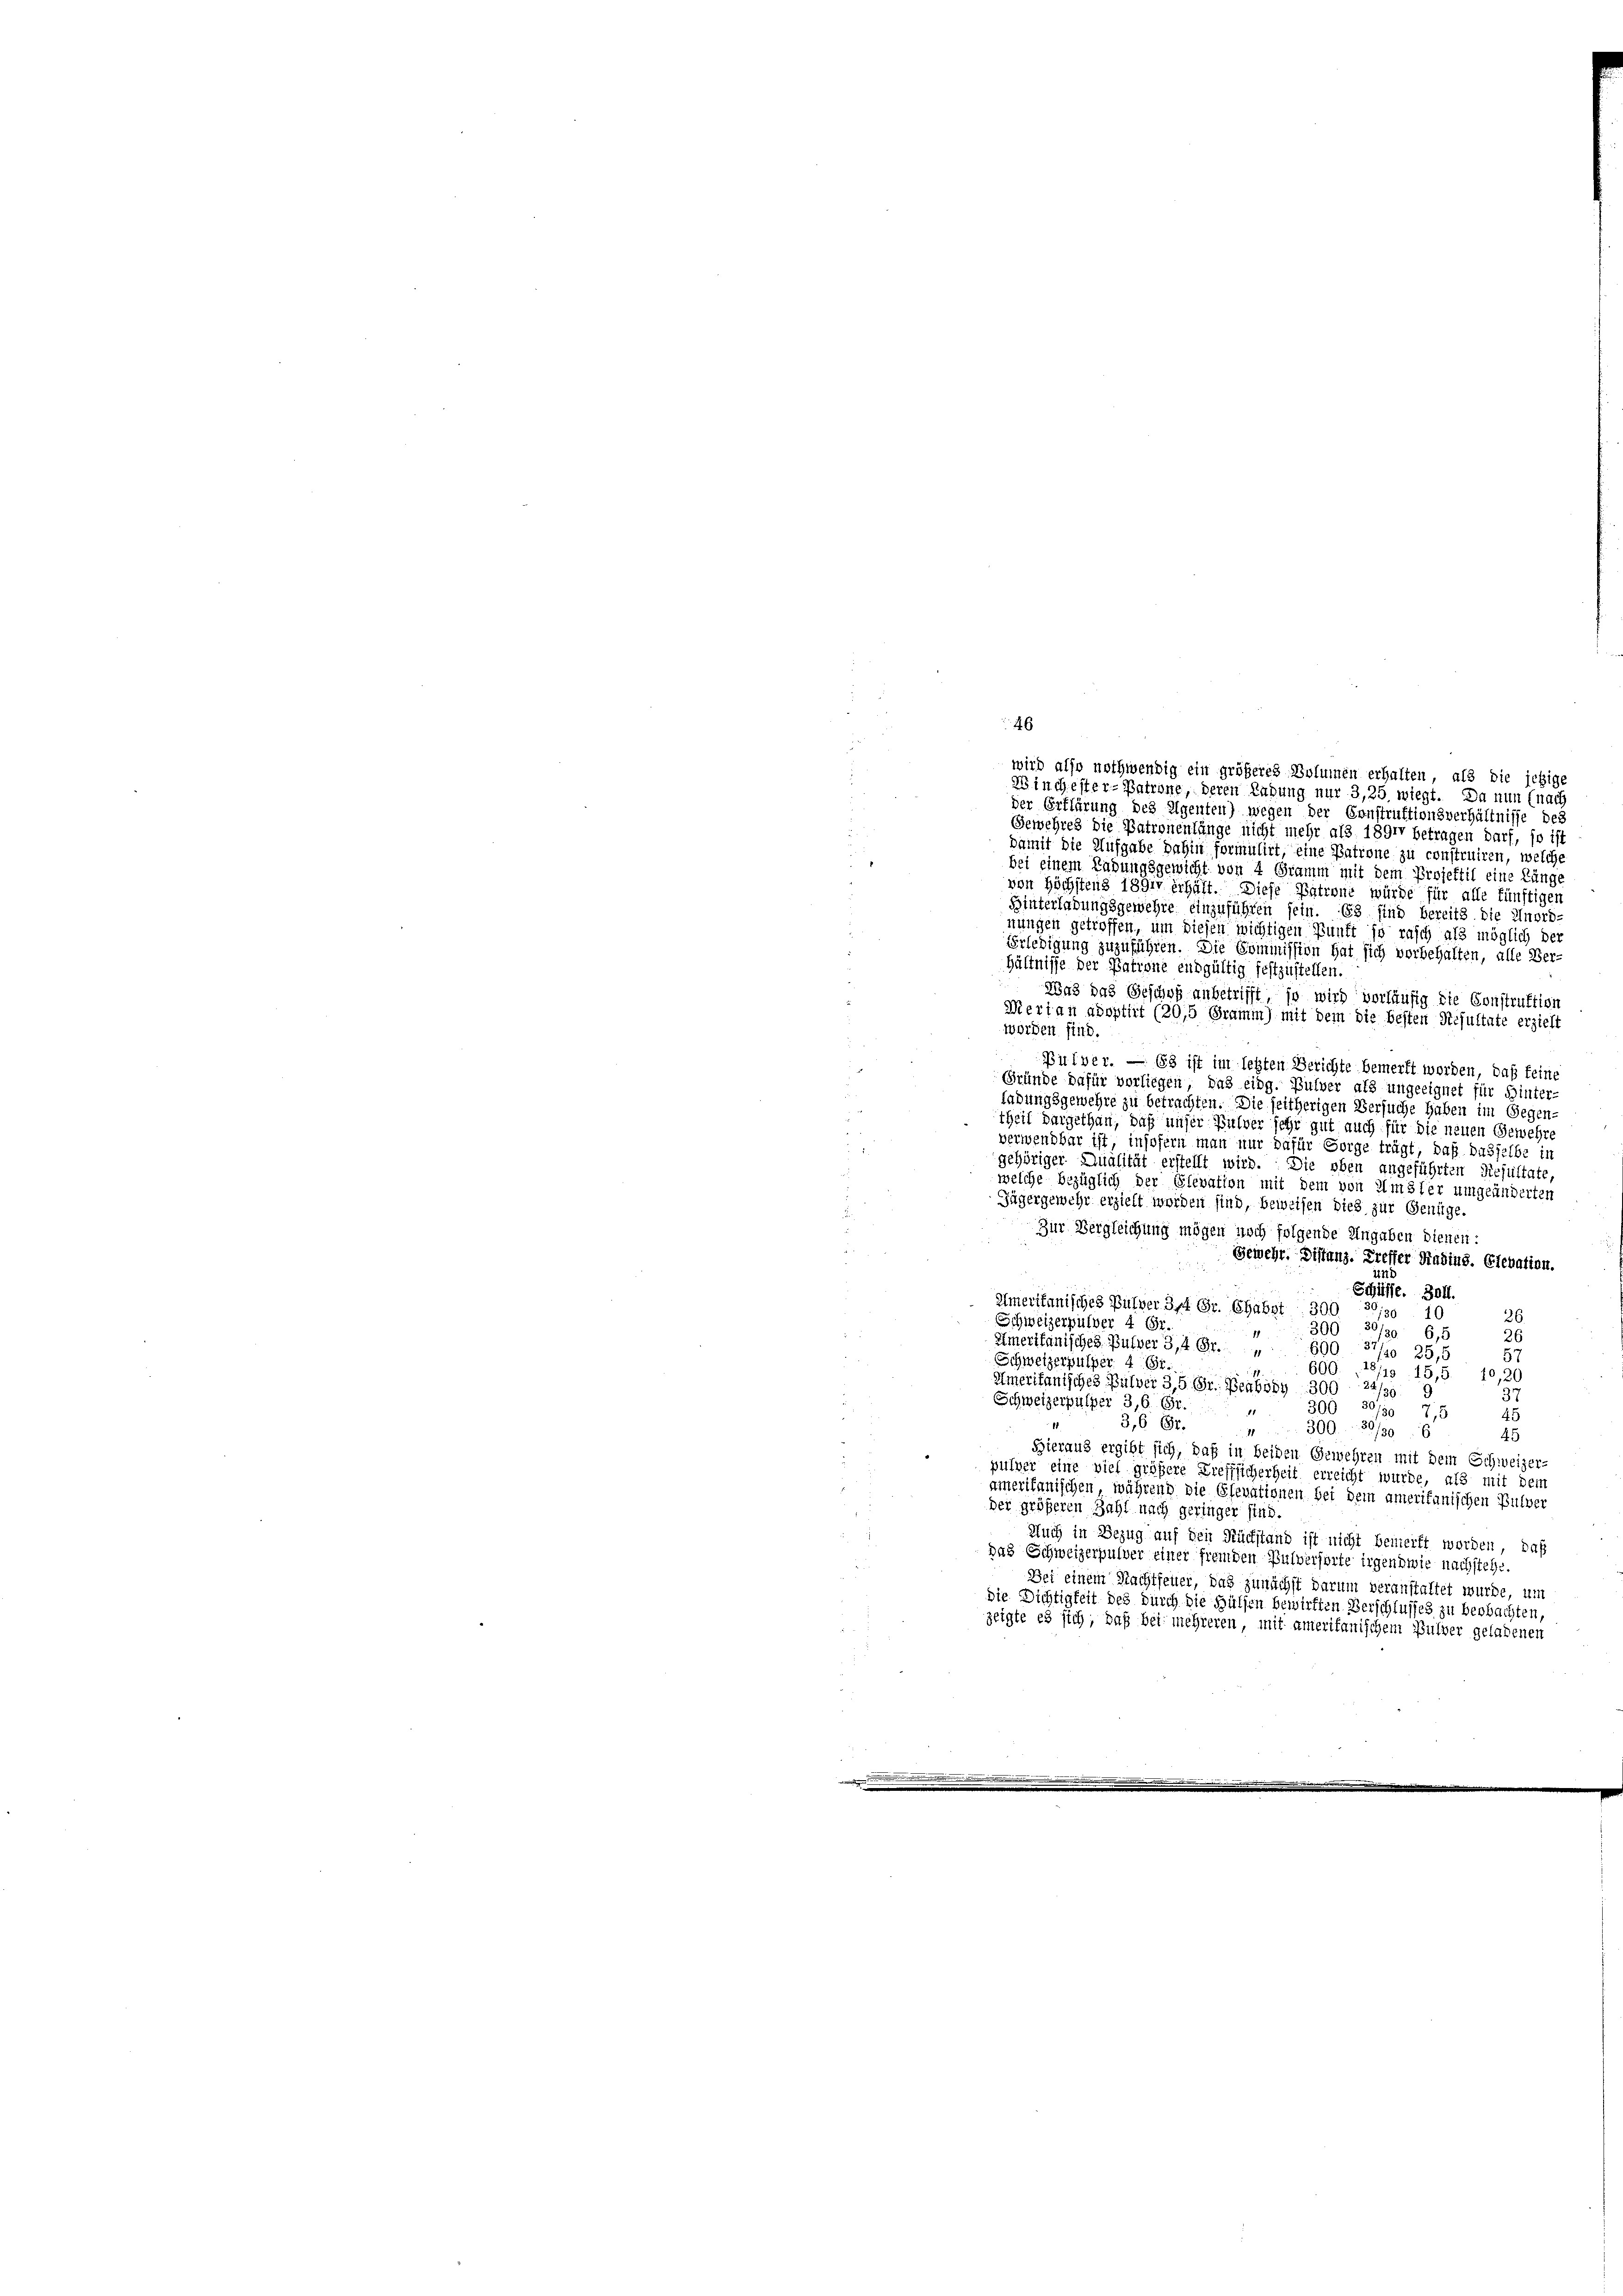
der Erklärung des Eigenten) wegen der Construktionsverhältnisse des
Gewehres die Patronenlänge nicht mehr als 1891 betragen darf, so ist
u
damit die Aufgabe dahin formulirt, eine Patrone zu construiren, welche
7
bei einem Rahungsgewicht von 4 Gramm mit dem Projektil eine Länge
von Höchstens 1891 erhält. Diese Patront würde für alle fünftigen
Hinterladungsgewehre einzuführen sein. Es sind bereits die Unord-
nungen getroffen, um diesen wichtigen Zunft so rasch als möglich de
Erledigung zuzuführen. Die Commission hat sich vorbehalten, alle Ver-
hältnisse der Patrone entgültig festzustellen.
Was das Gesung anbetrifft, so wird vorläufig die Construktion
Mertan adoptirt (20,5 Gramm) mit dem die besten Resultate erzieht
worden sind.
Pulver. — Es ist im letzten Berichte bemerkt worden, daß feine
Gründe dafür vorliegen, das eidg. Bulver als ungeeignet für Hinter
ladungsgewehre zu betrachten. Die seitherigen Versuche haben im Gegen-
theil dargethan, daß unser Pulver sehr gut auch für die neuen Gewehre
verwendbar ist insofern man nur dafür Sorge trägt, daß dasselbe in
gehöriger Qualität erstellt wird. Die oben angeführten Resultate,
welche bezüglich der Elevation mit dem von Amsler umgeänderten
Jägergewehr erzielt worden sind, beweisen dies zur Genüge.
¬
Zur Vergleichung mögen noch folgende Angaben dienen:
Gewehr. Distanz. Treffer Radius. Elevation.
14
Schüsse. 304.
Emerikanisches Pulver 3ff Gr. Ghabst. 301
2130 10
26
Schweizerpulver 4 Fr.
300, 30/30 6,5
26
Emerikanisches Pulver 3,4 Gr.
690 37/0 25,5
i
57
Schweizerpulper 4 Gr.
600. 118/19. 15,5. 10,20
Emeritanisches Pulver 3,5 Gr. Heubody 300 24/30. 9
37
Schweizerpulper 3,6. Fr.
300 50/30 7,5
11
45
3,6 Er.
1
 300. 891396
45
Hieraus ergibt sich, daß in beiden Gewehren mit dem Schweizer-
pulver eine viel größere Trefflicherheit erreicht wurde, als mit den
ainerikanischen während die Sfevationen bei dem ameritanischen Pulver
der größeren Zahl nach geringer sind.
Auch in Bezug auf den Rückstand ist nicht bemerkt worden, daß
Das Schweizerpulver einer fremden Pulversorte irgendwie nachstehe.
Bei einem Nachtfeuer, das zunächst darum veranstaltet wurde, um
die Dichtigkeit des durch die Hülfen bewirkten Verschlusses zu beobachten,
zeigte es sich, daß bei mehreren, mit amerikanischem Pulver geladenen

46
wird also nothwendig ein größeres Bolumen erhalten, als die jezige
Winchester-Patrone, deren Labung nur 3,25 wiegt. Da nun (nach